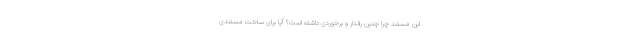
این مستند چرا چنین رفتار و برخوردی داشته است؟ آیا برای ساخت مستندی